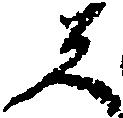
者